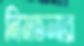
নিমতলার